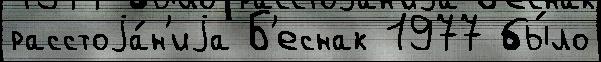
расстоjа́н'иjа Б'еснак 1977 бы́ло